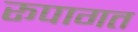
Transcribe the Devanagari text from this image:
रूपागत